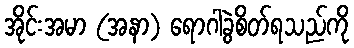
အိုင်းအမာ (အနာ) ရောဂါခွဲစိတ်ရသည်ကို